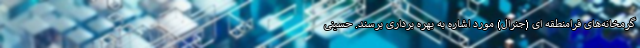
گرمخانه‌های فرامنطقه ای (جنرال) مورد اشاره به بهره برداری برسند. حسینی